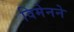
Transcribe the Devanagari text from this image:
विमेनने